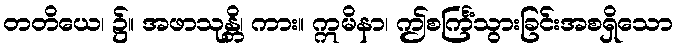
တတိယေ၊ ၌။ အဖာသုန္တိ၊ ကား။ ဣမိနာ၊ ဤစင်္ကြံသွားခြင်းအစရှိသော